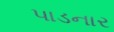
પાડનાર